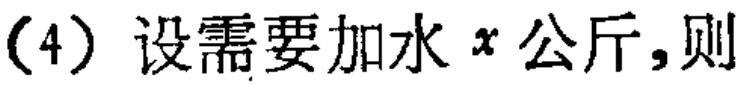
（4）设需要加水\(x\)公斤,则